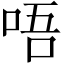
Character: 唔